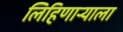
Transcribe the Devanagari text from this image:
लिहिणाऱ्याला